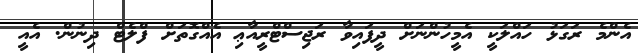
އެންމެ ރަގަޅު ހައްލަކީ އެމީހުންނަށް ދީފައިވާ ރަޖިސްޓްރީއާޢި އެއްގޮތަށް ފްލެޓް ދިނުން. އެއީ